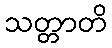
သတ္တာတိ